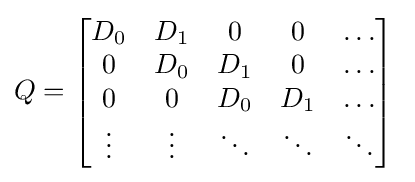
Q=\left[{\begin{matrix}D_{0}&D_{1}&0&0&\dots \\0&D_{0}&D_{1}&0&\dots \\0&0&D_{0}&D_{1}&\dots \\\vdots &\vdots &\ddots &\ddots &\ddots \end{matrix}}\right]\;